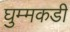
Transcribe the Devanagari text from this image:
घुम्मकडी